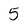
Character: 5